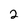
Character: 2